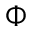
\Phi